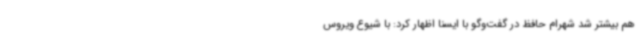
هم بیشتر شد شهرام حافظ در گفت‌وگو با ایسنا اظهار کرد: با شیوع ویروس